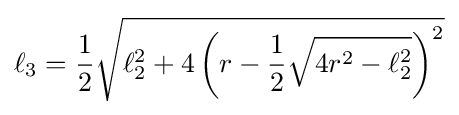
\ell _{3}={\frac {1}{2}}{\sqrt {\ell _{2}^{2}+4\left(r-{\frac {1}{2}}{\sqrt {4r^{2}-\ell _{2}^{2}}}\right)^{2}}}